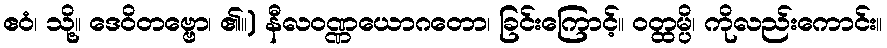
ဧဝံ၊ သို့။ ဒေဝိတဗ္ဗော၊ ၏။) နီလဝဏ္ဏယောဂတော၊ ခြင်းကြောင့်။ ဝတ္ထမ္ပိ၊ ကိုလည်းကောင်း။